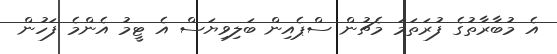
އެ މުބާރާތުގެ ފުރަތަމަ މެޗުން ސްޕެއިން ބަލިވިޔަސް އެ ޓީމު އެންމެ ފަހުން